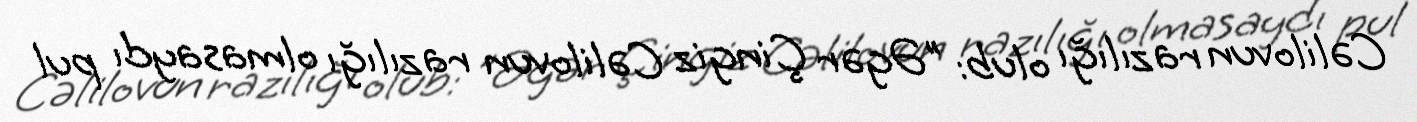
Cəlilovun razılığı olub: "Əgər Çingiz Cəlilovun razılığı olmasaydı pul